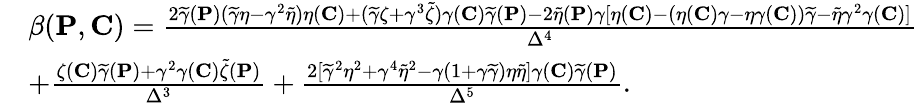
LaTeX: \begin{array}{rl}&{\beta({\mathbf{P}},{\mathbf{C}})=\frac{2\widetilde{\gamma}({\mathbf{P}})(\widetilde{\gamma}\eta-\gamma^{2}\widetilde{\eta})\eta({\mathbf{C}})+(\widetilde{\gamma}\zeta+\gamma^{3}\widetilde{\zeta})\gamma({\mathbf{C}})\widetilde{\gamma}({\mathbf{P}})-2\widetilde{\eta}({\mathbf{P}})\gamma[\eta({\mathbf{C}})-(\eta({\mathbf{C}})\gamma-\eta\gamma({\mathbf{C}}))\widetilde{\gamma}-\widetilde{\eta}\gamma^{2}\gamma({\mathbf{C}})]}{\Delta^{4}}}\\ &{+\frac{\zeta({\mathbf{C}})\widetilde{\gamma}({\mathbf{P}})+\gamma^{2}\gamma({\mathbf{C}})\widetilde{\zeta}({\mathbf{P}})}{\Delta^{3}}+\frac{2[\widetilde{\gamma}^{2}\eta^{2}+\gamma^{4}\widetilde{\eta}^{2}-\gamma(1+\gamma\widetilde{\gamma})\eta\widetilde{\eta}]\gamma({\mathbf{C}})\widetilde{\gamma}({\mathbf{P}})}{\Delta^{5}}.}\end{array}